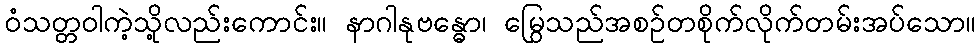
ဝံသတ္တဝါကဲ့သို့လည်းကောင်း။ နာဂါနုဗန္ဓော၊ မြွေသည်အစဉ်တစိုက်လိုက်တမ်းအပ်သော။